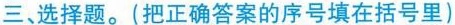
三、选择题。(把正确答案的序号填在括号里)